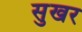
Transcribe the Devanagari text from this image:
सुखर